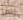
ربما